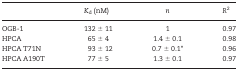
<table><thead><tr><td></td><td><b><i>K</i><sub>d</sub> (nM)</b></td><td><b><i>n</i></b></td><td><b><i>R</i><sup>2</sup></b></td></tr></thead><tbody><tr><td>OGB-1</td><td>132 ± 11</td><td>1</td><td>0.97</td></tr><tr><td>HPCA</td><td>65 ± 4</td><td>1.4 ± 0.1</td><td>0.98</td></tr><tr><td>HPCA T71N</td><td>93 ± 12</td><td>0.7 ± 0.1*</td><td>0.96</td></tr><tr><td>HPCA A190T</td><td>77 ± 5</td><td>1.3 ± 0.1</td><td>0.97</td></tr></tbody></table>